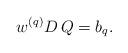
LaTeX: \begin{align*}w^{(q)} D \,Q = b_q.\end{align*}